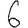
Digit: 6